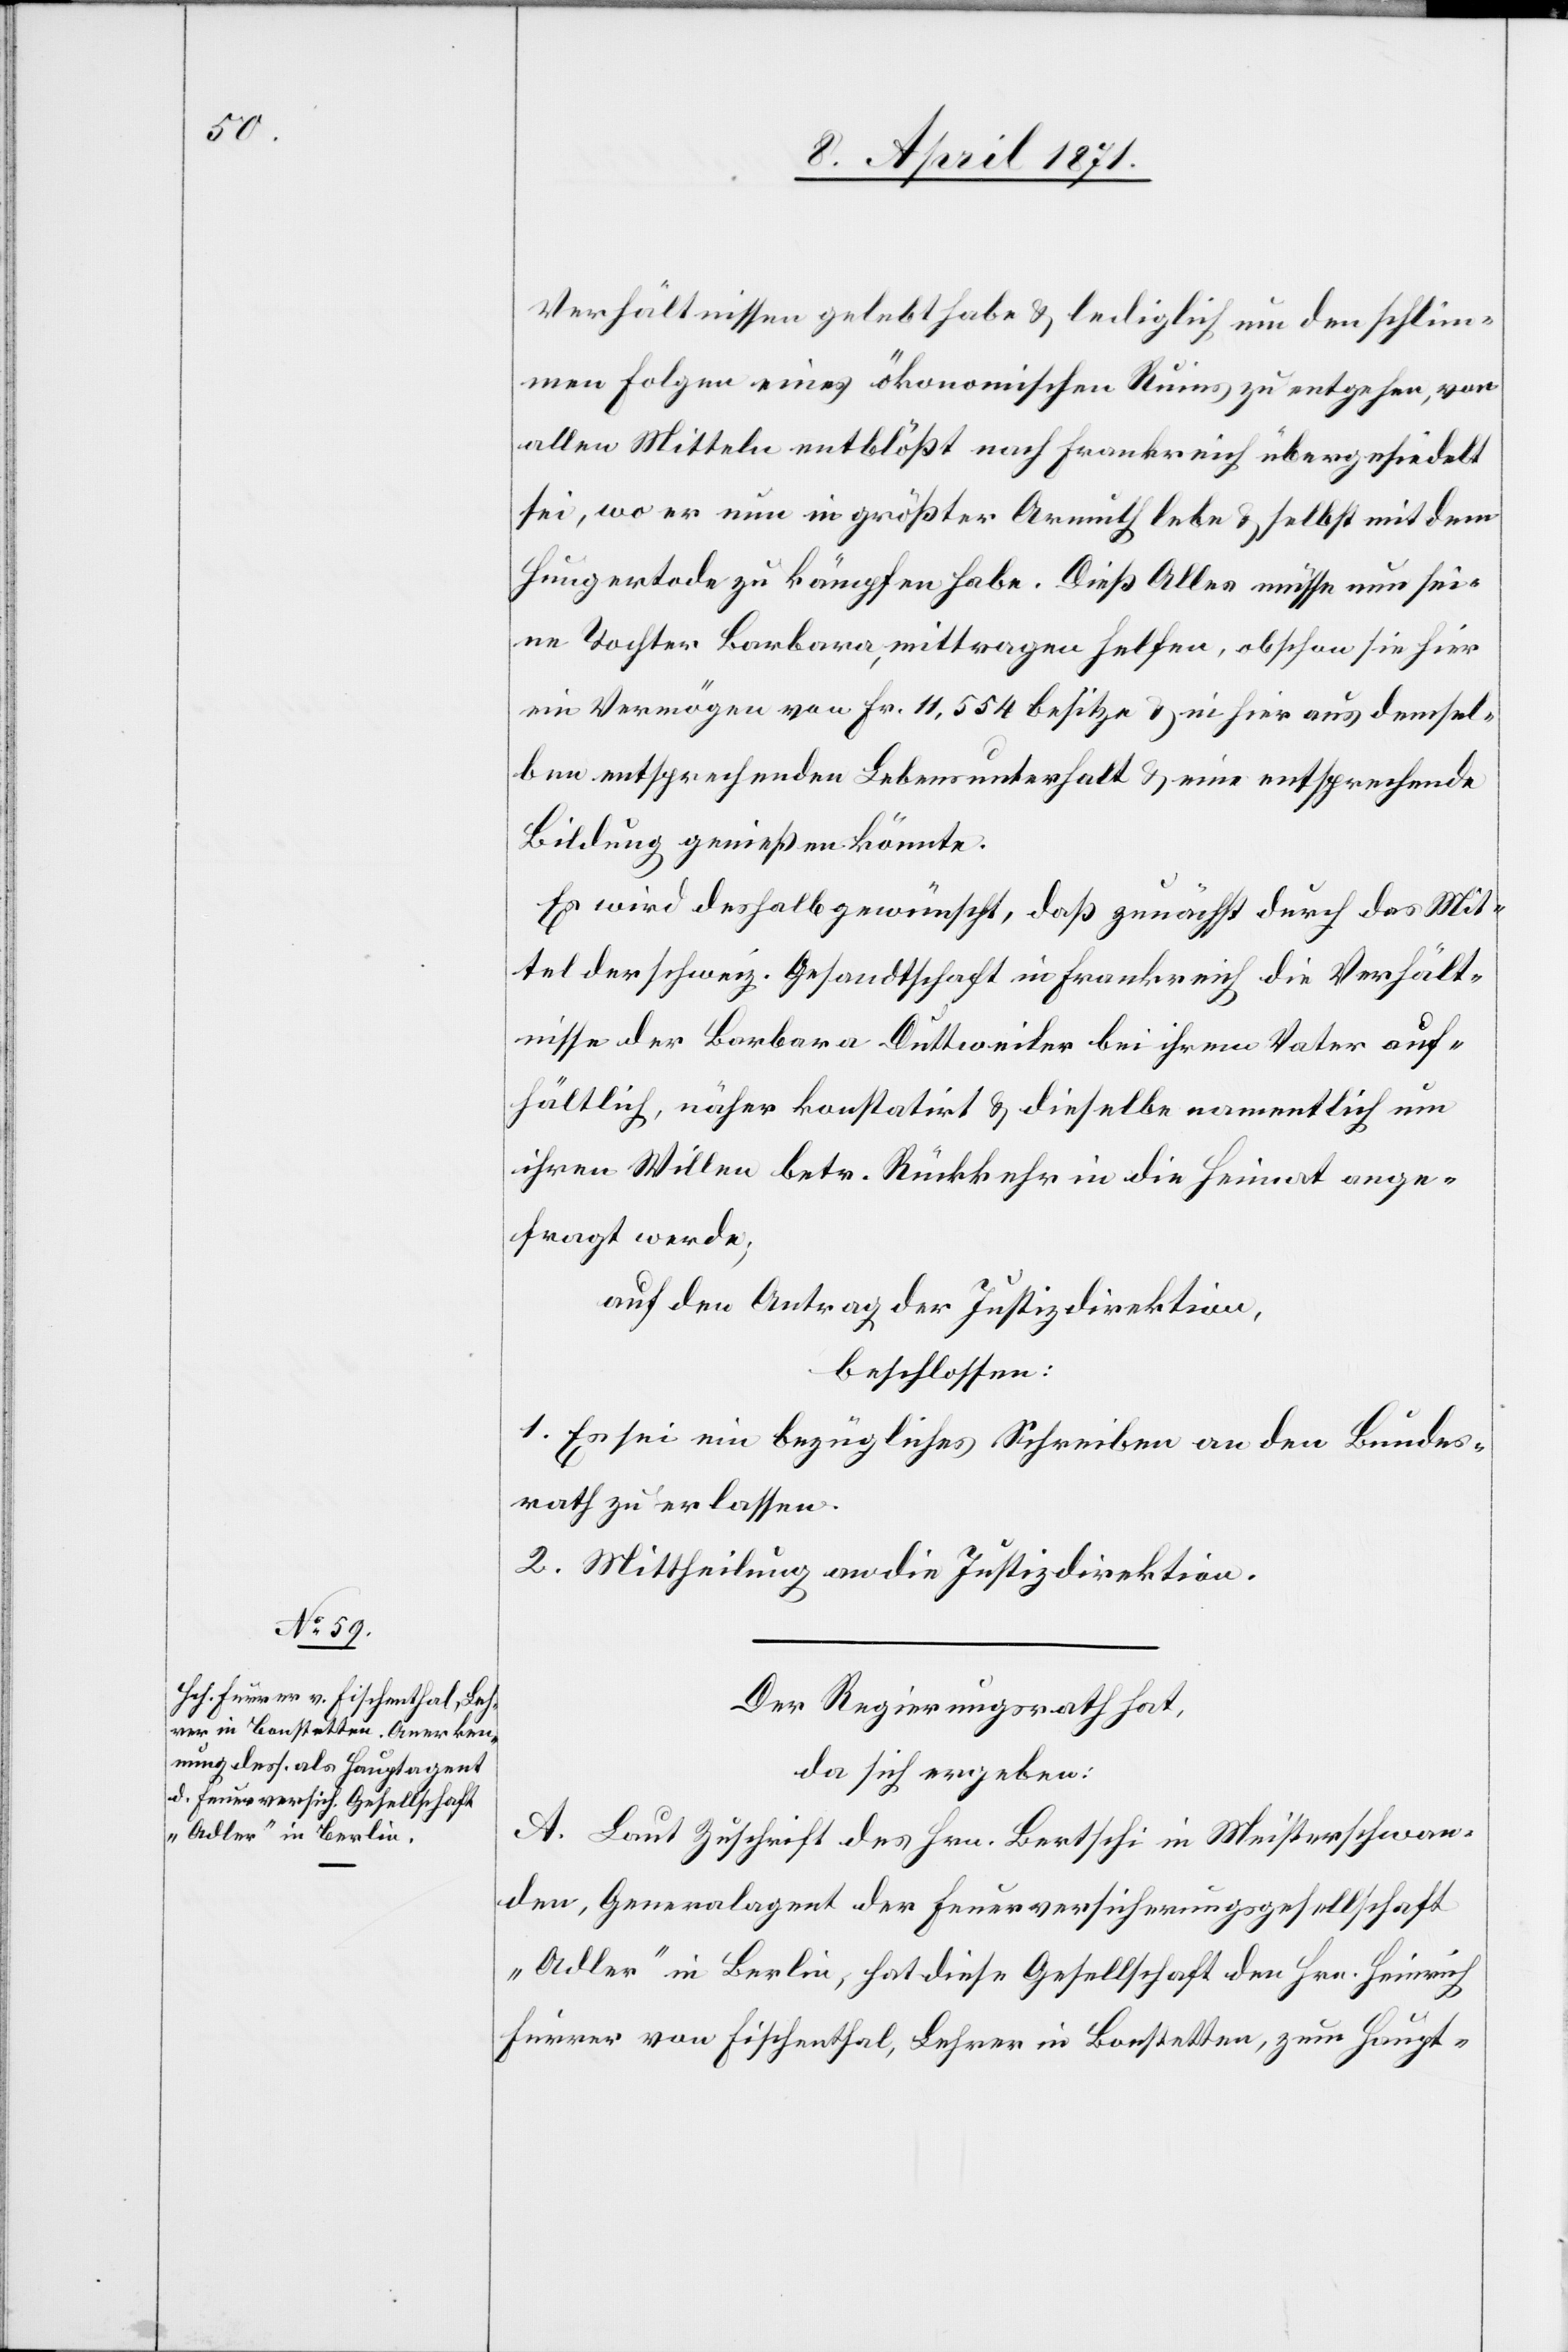
Verhältnissen gelebt habe u. lediglich um den schlim¬
men Folgen eines ökonomischen Ruins zu entgehen, von
allen Mitteln entblößt nach Frankreich übergesiedelt
sei, wo er nun in größter Armuth lebe u. selbst mit dem
Hungertode zu kämpfen habe. Dieß Alles müsse nun sei¬
ne Tochter Barbara mittragen helfen, obschon sie hier
ein Vermögen von Fr. 11,554 besitze u. ein hier aus demsel¬
ben entsprechenden Lebensunterhalt u. eine entsprechende
Bildung genießen könnte.
Es wird deshalb gewünscht, daß zunächst durch das Mit¬
tel der schweiz. Gesandtschaft in Frankreich die Verhält¬
nisse der Barbara Duttweiler bei ihrem Vater auf¬
hältlich, näher konstatirt u. dieselbe namentlich um
ihren Willen betr. Rückkehr in die Heimat ange¬
fragt werde;
auf den Antrag der Justizdirektion,
beschlossen:
1. Es sei ein bezügliches Schreiben an den Bundes¬
rath zu erlassen.
2. Mittheilung an die Justizdirektion.
Der Regierungsrath hat,
da sich ergeben:
A. Laut Zuschrift des Hrn. Bertschi in Meisterschwan¬
den, Generalagent der Feuerversicherungsgesellschaft
„Adler“ in Berlin, hat diese Gesellschaft den Hrn. Heinrich
Furrer von Fischenthal, Lehrer in Bonstetten, zum Haupt-